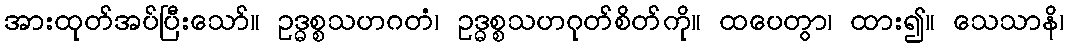
အားထုတ်အပ်ပြီးသော်။ ဥဒ္ဓစ္စသဟဂတံ၊ ဥဒ္ဓစ္စသဟဂုတ်စိတ်ကို။ ထပေတွာ၊ ထား၍။ သေသာနိ၊